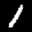
Label: 1